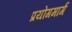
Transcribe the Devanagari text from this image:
प्रयोगमार्ग